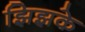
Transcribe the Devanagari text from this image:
झिझके